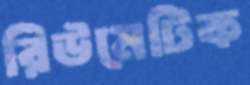
রিউমেটিক